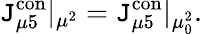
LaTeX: \mathtt{J}_{\mu5}^{\mathrm{{con}}}|_{\mu^{2}}=\mathtt{J}_{\mu5}^{\mathrm{{con}}}|_{\mu_{0}^{2}}.